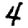
Digit: 4